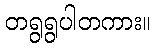
တရွရွပါတကား။